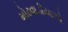
મોઢવાડીયાએ